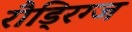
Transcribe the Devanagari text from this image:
रौड्रिग्ज